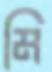
মি